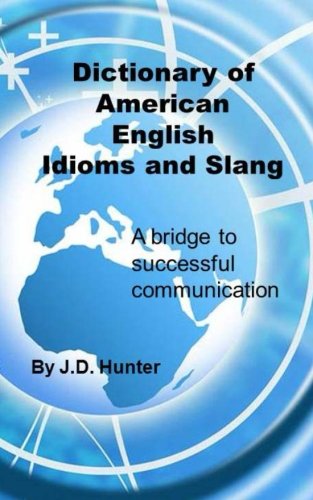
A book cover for Dictionary of American English Idioms and Slang: a bridge to successful communication; J D Hunter; Reference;